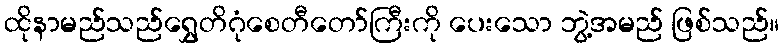
ထိုနာမည်သည်ရွှေတိဂုံစေတီတော်ကြီးကို ပေးသော ဘွဲ့အမည် ဖြစ်သည်။